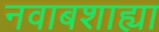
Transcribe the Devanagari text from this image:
नवाबशाह्या